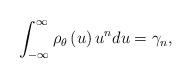
LaTeX: \begin{align*}\int_{-\infty }^{\infty }\rho _{\theta }\left( u\right) u^{n}du=\gamma _{n},\end{align*}